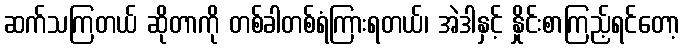
ဆက်သကြတယ် ဆိုတာကို တစ်ခါတစ်ရံကြားရတယ်၊ အဲဒါနှင့် နှိုင်းစာကြည့်ရင်တော့